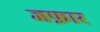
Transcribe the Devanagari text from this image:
जफ़ार